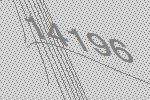
14196